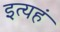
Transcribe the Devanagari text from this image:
इत्यहं